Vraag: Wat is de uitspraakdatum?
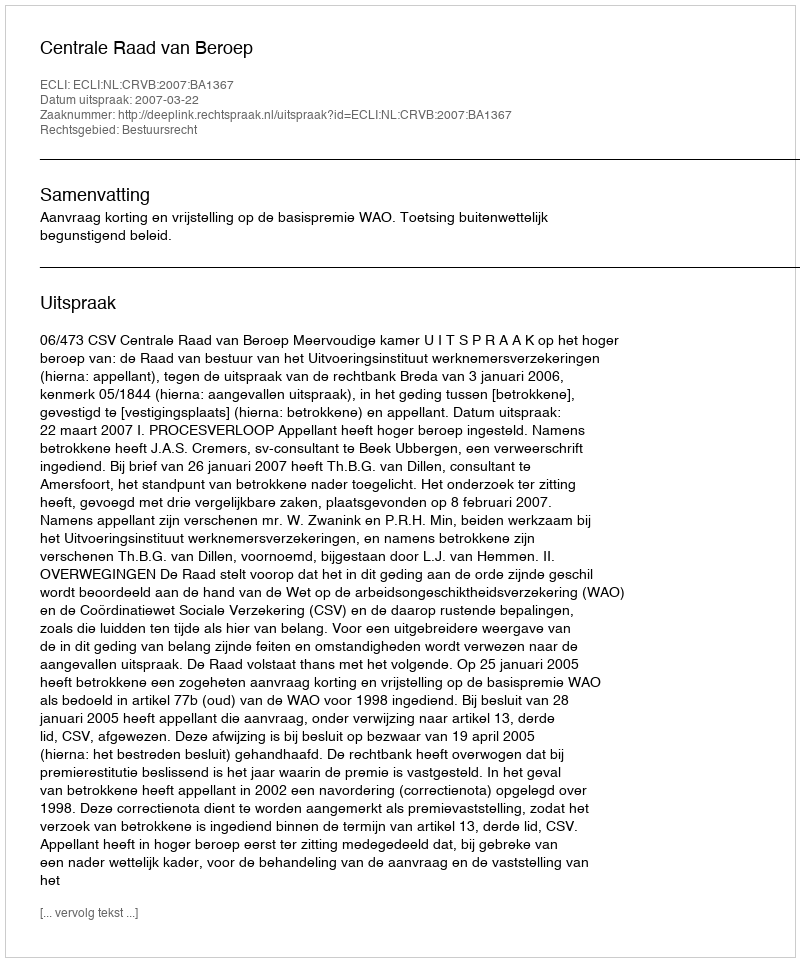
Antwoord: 2007-03-22